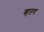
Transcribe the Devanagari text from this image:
व्हतय